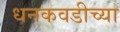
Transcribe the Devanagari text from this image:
धनकवडीच्या